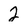
Character: 2